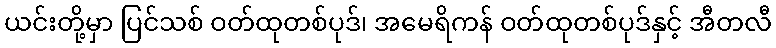
ယင်းတို့မှာ ပြင်သစ် ဝတ်ထုတစ်ပုဒ်၊ အမေရိကန် ဝတ်ထုတစ်ပုဒ်နှင့် အီတလီ